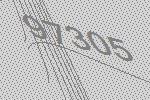
97305